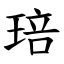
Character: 琣